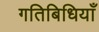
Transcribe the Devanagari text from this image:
गतिबिधियाँ